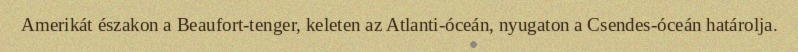
Amerikát északon a Beaufort-tenger, keleten az Atlanti-óceán, nyugaton a Csendes-óceán határolja.